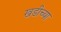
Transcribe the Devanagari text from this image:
खडीच्या